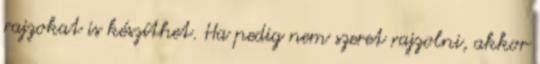
rajzokat is készíthet. Ha pedig nem szeret rajzolni, akkor